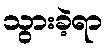
သွားခဲ့ရာ